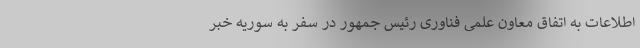
اطلاعات به اتفاق معاون علمی فناوری رئیس جمهور در سفر به سوریه خبر